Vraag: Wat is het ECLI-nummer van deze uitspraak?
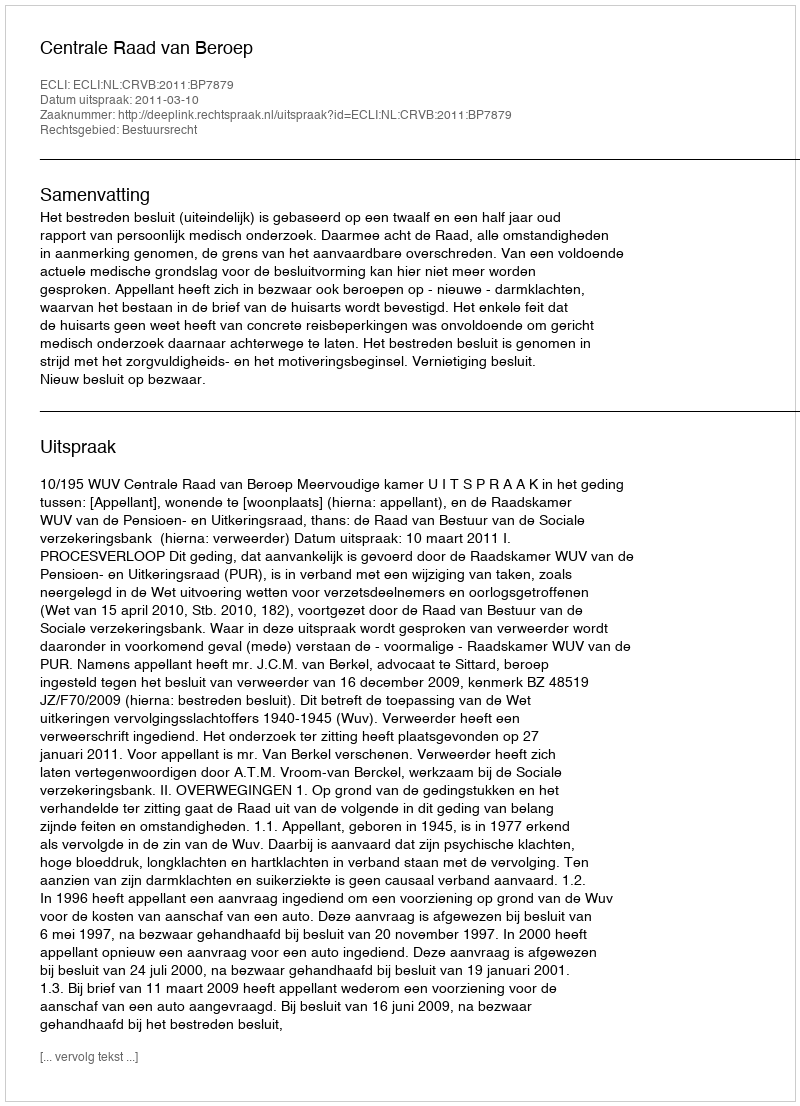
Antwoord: ECLI:NL:CRVB:2011:BP7879